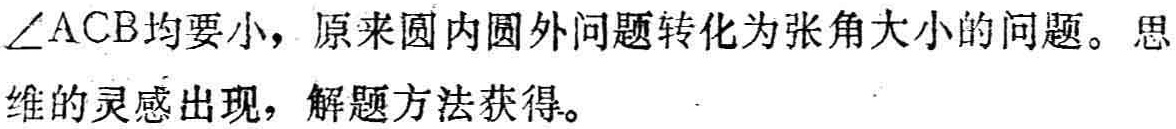
\(\angle ACB\)均要小，原来圆内圆外问题转化为张角大小的问题。思维的灵感出现，解题方法获得。